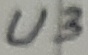
Text: U3